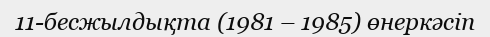
11-бесжылдықта (1981 – 1985) өнеркәсіп